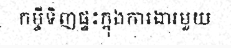
កម្ចីទិញផ្ទះក្នុងការងារមួយ